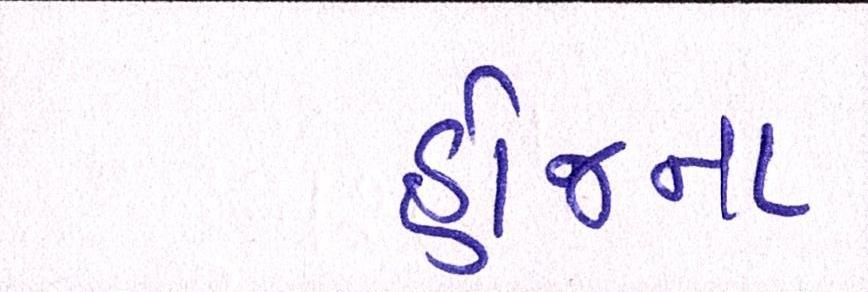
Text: હોજના